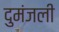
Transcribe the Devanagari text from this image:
दुमंजली